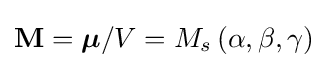
\mathbf {M} ={\boldsymbol {\mu }}/V=M_{s}\left(\alpha ,\beta ,\gamma \right)